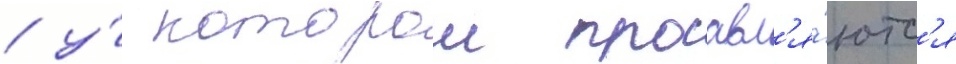
/ у́ которои проавл'я́ютс'я